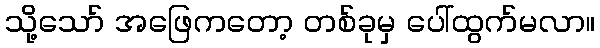
သို့သော် အဖြေကတော့ တစ်ခုမှ ပေါ်ထွက်မလာ။